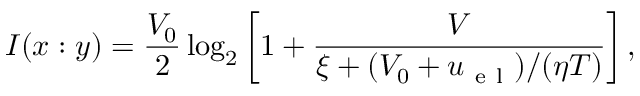
I ( x : y ) = \frac { V _ { 0 } } { 2 } \log _ { 2 } \left[ 1 + \frac { V } { \xi + ( V _ { 0 } + u _ { \mathrm { ~ e ~ l ~ } } ) / ( \eta T ) } \right] ,